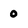
Character: 0